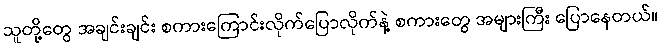
သူတို့တွေ အချင်းချင်း စကားကြောင်းလိုက်ပြောလိုက်နဲ့ စကားတွေ အများကြီး ပြောနေတယ်။